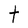
Character: t